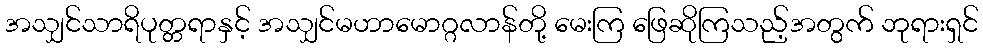
အသျှင်သာရိပုတ္တရာနှင့် အသျှင်မဟာမောဂ္ဂလာန်တို့ မေးကြ ဖြေဆိုကြသည့်အတွက် ဘုရားရှင်